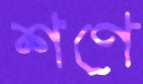
শণে